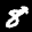
Label: 8